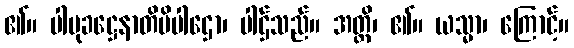
၏။ ပါမုခဋ္ဌေနာတိပိပါဌော၊ ပါဌ်သည်။ အတ္ထိ၊ ၏။ ယသ္မာ၊ ကြောင့်။